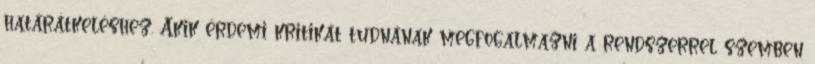
határátkeléshez. Akik érdemi kritikát tudnának megfogalmazni a rendszerrel szemben